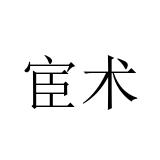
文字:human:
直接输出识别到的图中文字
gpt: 宦术